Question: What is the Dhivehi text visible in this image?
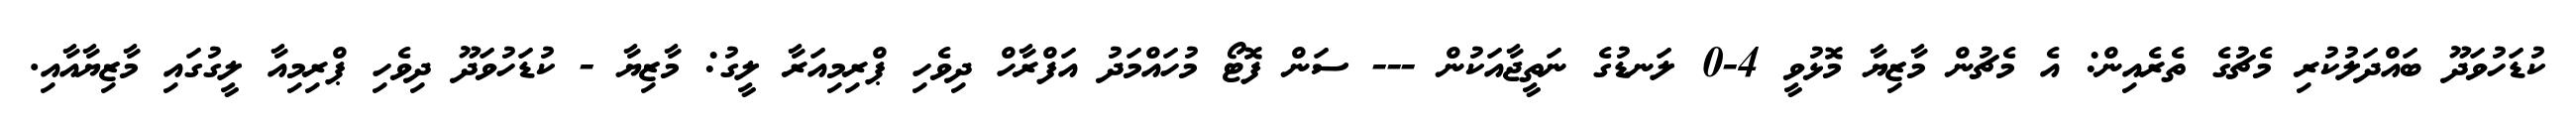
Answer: ކުޑަހުވަދޫ ބައްދަލުކުރި މެޗުގެ ތެރެއިން: އެ މެޗުން މާޒިޔާ މޮޅުވީ 4-0 ލަނޑުގެ ނަތީޖާއަކުން --- ސަން ފޮޓޯ މުހައްމަދު އަފްރާހް ދިވެހި ޕްރިމިއަރާ ލީގު: މާޒިޔާ - ކުޑަހުވަދޫ ދިވެހި ޕްރިމިއާ ލީގުގައި މާޒިޔާއާއި.